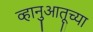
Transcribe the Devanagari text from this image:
व्हानुआतूच्या